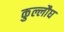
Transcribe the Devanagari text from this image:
कुल्लौघ